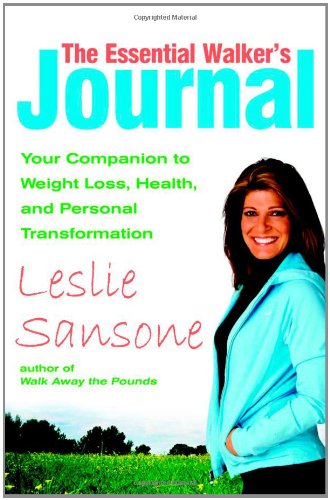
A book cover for The Essential Walker's Journal: Your Companion to Weight Loss, Health, and Personal Transformation; Leslie Sansone; Health, Fitness & Dieting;